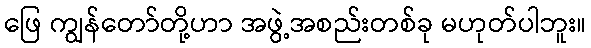
ဖြေ ကျွန်တော်တို့ဟာ အဖွဲ့အစည်းတစ်ခု မဟုတ်ပါဘူး။